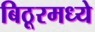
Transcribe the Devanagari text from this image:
बिठूरमध्ये